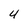
Character: 4